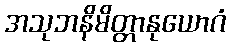
အသုဘနိမိတ္တာနုယောဂံ